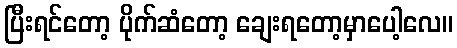
ပြီးရင်တော့ ပိုက်ဆံတော့ ချေးရတော့မှာပေါ့လေ။